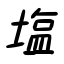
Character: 塩